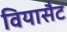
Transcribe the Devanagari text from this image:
वियासैट